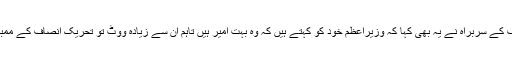
تحریک انصاف کے سربراہ نے یہ بھی کہا کہ وزیراعظم خود کو کہتے ہیں کہ وہ بہت امیر ہیں تاہم ان سے زیادہ ووٹ تو تحریک انصاف کے ممبران دیتے ہیں۔